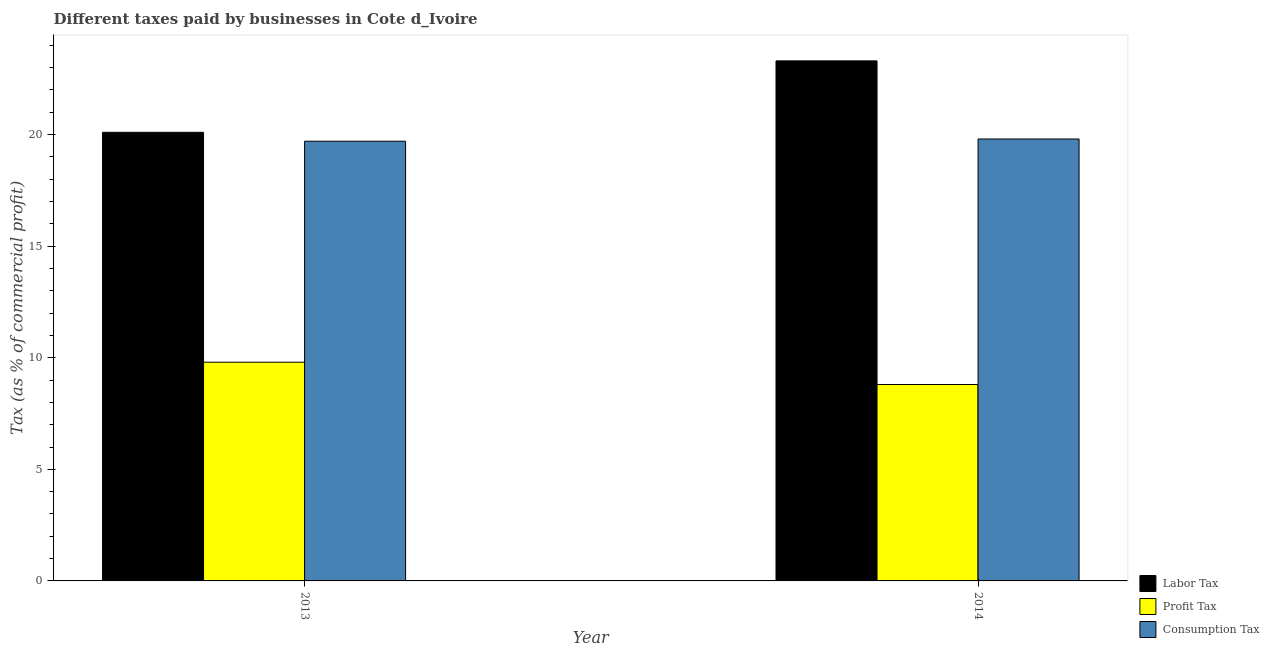
| Year | Labor Tax | Profit Tax | Consumption Tax |
 | --- | --- | --- | --- |
 | 2013 | 20.1 | 9.8 | 19.7 |
 | 2014 | 23.3 | 8.8 | 19.8 |